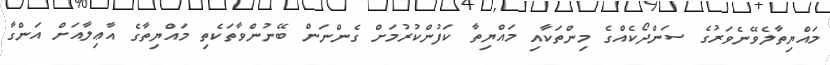
މައްޔިތާލެވޭނެވަރުގެ ސަންދޯކެއްގެ މިންތަކާއި މައްޔިތާ ކަފުންކުރުމަށް ގެންނަން ބޭނުންވާތަކެތި މައްޔިތާގެ އާޢިލާއަށް އަންގާ